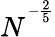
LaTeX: N^{^{-\frac{2}{5}}}